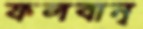
ফলবান্‌